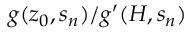
g ( z _ { 0 } , s _ { n } ) / g ^ { \prime } ( H , s _ { n } )